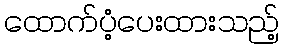
ထောက်ပံ့ပေးထားသည့်